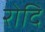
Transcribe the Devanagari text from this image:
रोदि